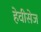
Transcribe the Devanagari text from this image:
हेवीसेज